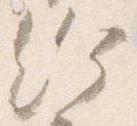
給